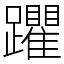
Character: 躣